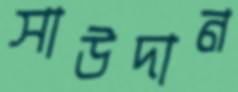
সাউদান